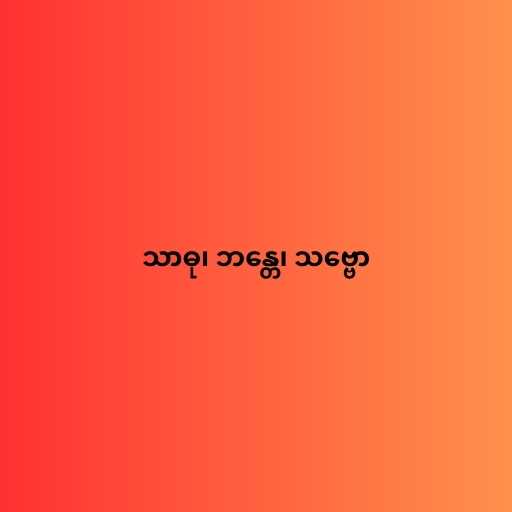
သာဓု၊ ဘန္တေ၊ သဗ္ဗော